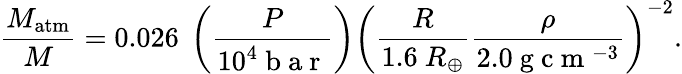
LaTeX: \frac{M_{\mathrm{atm}}}{M}=0.026~\left(\frac{P}{10^{4}\mathrm{~b~a~r~}}\right)\left(\frac{R}{1.6~R_{\oplus}}\frac{\rho}{2.0\mathrm{~g~c~m~}^{-3}}\right)^{-2}.